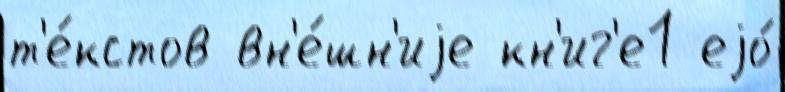
т'е́кстов вн'е́шн'иjе кн'иг'е1 еjо́